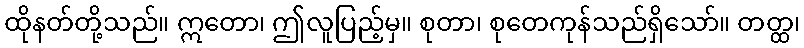
ထိုနတ်တို့သည်။ ဣတော၊ ဤလူပြည့်မှ။ စုတာ၊ စုတေကုန်သည်ရှိသော်။ တတ္ထ၊